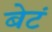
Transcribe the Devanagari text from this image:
बेटं